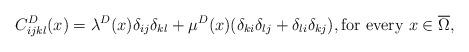
LaTeX: \begin{align*} C_{ijkl}^D(x)=\lambda^D(x) \delta_{ij}\delta_{kl} + \mu^D(x) (\delta_{ki}\delta_{lj}+\delta_{li}\delta_{kj}), \hbox{for every } x \in \overline{\Omega},\end{align*}